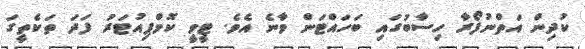
ކުދިން އަތްނުފޯރާ ހިސާބުގައި ބަހައްޓަން ވާނެ އެވެ. ޓީވީ ކޮމްޕިއުޓަރު ފަދަ ތަކެތީގަ